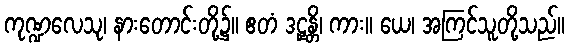
ကုဏ္ဍလေသု၊ နားတောင်းတို့၌။ ဧတံ ဒဠှန္တိ၊ ကား။ ယေ၊ အကြင်သူတို့သည်။